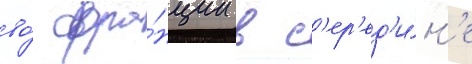
во́ фра́нции в с'ер'ед'и́н'е